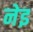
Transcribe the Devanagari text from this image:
नेइ